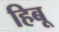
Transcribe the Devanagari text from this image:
हिबू